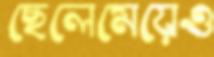
ছেলেমেয়েও